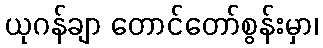
ယုဂန်ချာ တောင်တော်စွန်းမှာ၊